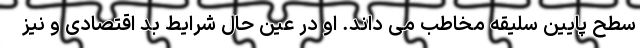
سطح پایین سلیقه مخاطب می داند. او در عین حال شرایط بد اقتصادی و نیز